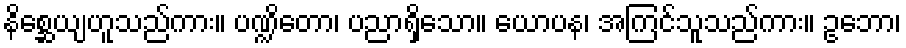
နိစ္ဆေယျဟူသည်ကား။ ပဏ္ဍိတော၊ ပညာရှိသော။ ယောပန၊ အကြင်သူသည်ကား။ ဥဘော၊